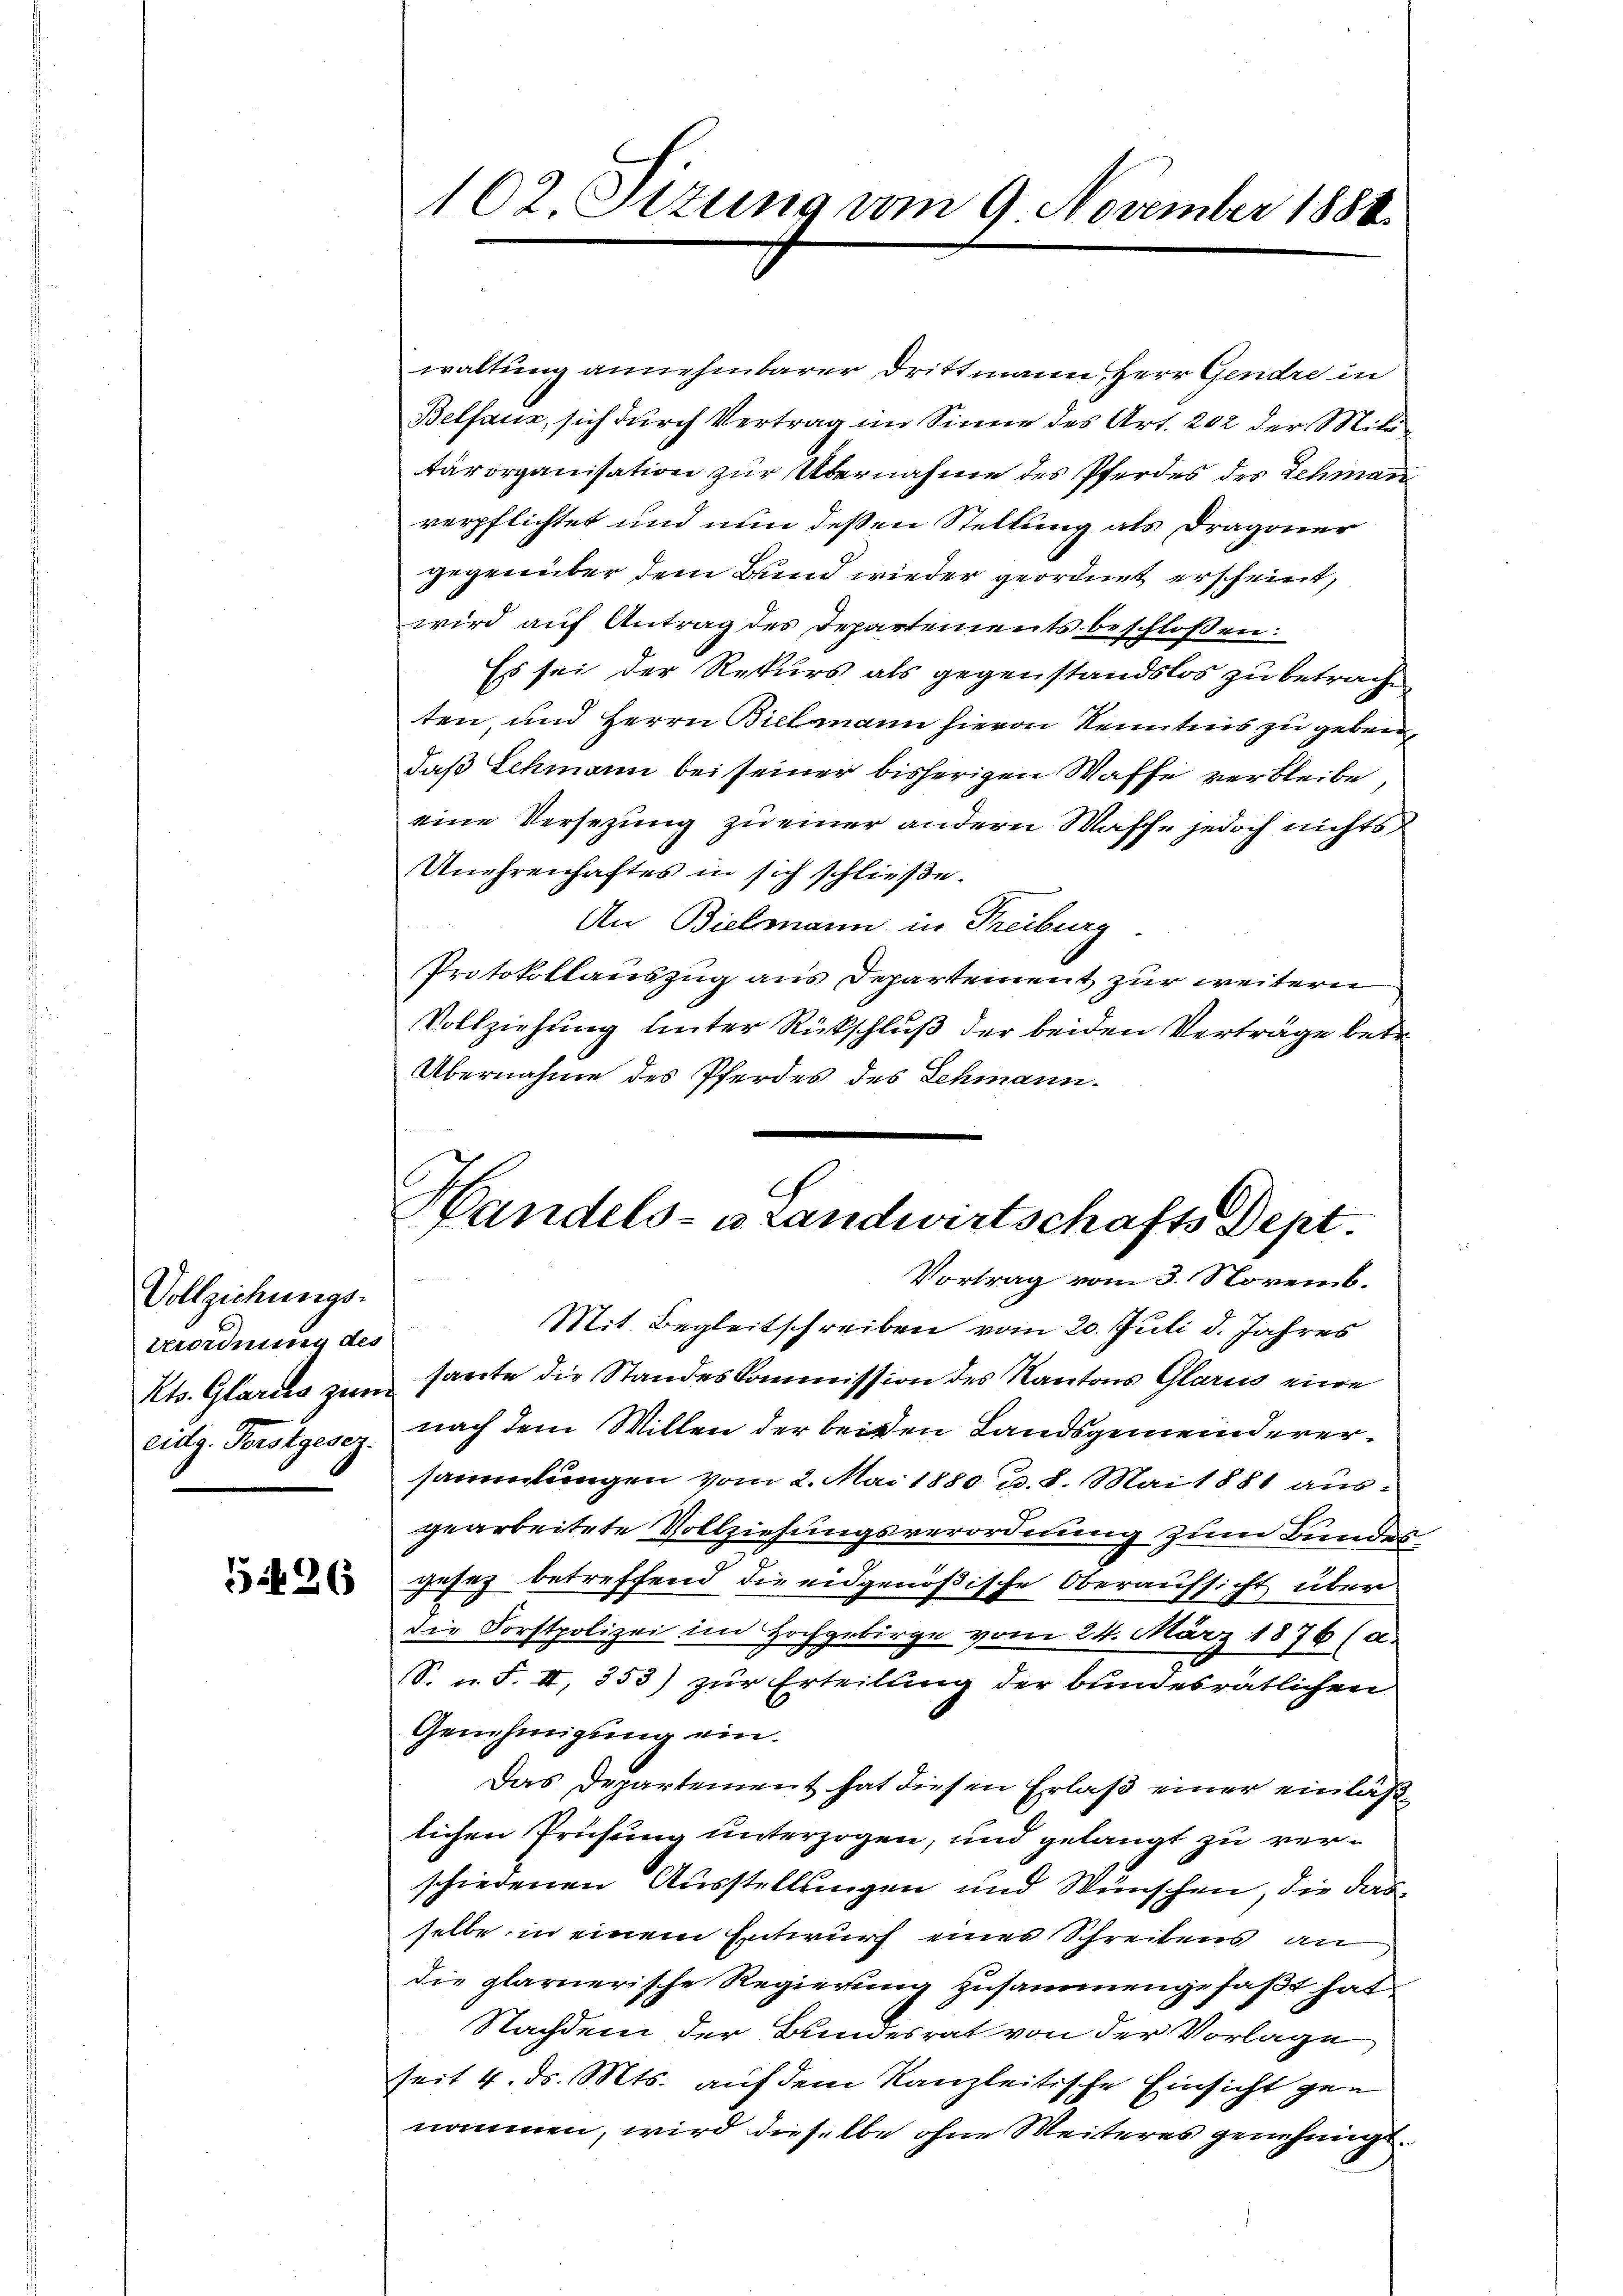
Vollziehungs-
serordnung des
Kts. Glarus zum
eidg. Perstgesez

5426

102. Stzung vom 9. November 1888.

waltung annehmbarer Drittmann, Herr Gendre in
Belsaus, sich durch Vertrag im Sinne des Art. 202 der Militärorganisation zur Übernahme des Pferdes des Schman
verpflichtet und nun deßen Stellung als Dragoner
gegenüber dem Bund wieder geordnet erscheint,
wird auf Antrag des Departements beschloßen:
Es sei der Rekurs als gegenstandslos zu betrach
ten, und Herrn Bielmann hievon Kenntnis zu geben
daß Schmann bei seiner bisherigen Waffe verbleibe,
eine Versezung zu einer andern Wasche jedoch nichts
Unehrenhaftes in sich schließe.
An Bielmann in Freiburg
Protokollauszug aus Departement zur weitern
Vollziehung hinter Rückschluß der beiden Verträge betr
Übernahme des Pferdes des Schmann.
Vortrag vom 3. Novemb.
Mit Begleitschreiben vom 20. Juli d. Jahres
sante die Standeskommission des Kantons Glarus eine
nach dem Willen der beiden Landsgemeinderersammlungen vom 2. Mai 1880 u. 8. Mai 1881 ausgearbeitete Vollziehungsverordnung zum Bundes
gesez betreffend die eidgenößische Oberaufsicht über
die Forstpolizei im Hochgebirge vom 24. März 1876 (a.
S. u. F. II, 353) zur Erteilung der bundesrätlichen
Genehmigung ein.
Das Departement hat diesen Erlaß einer einläß
lichen Prüfung unterzogen, und gelangt zu verschiedenen Ausstellungen und Wünschen, die das
selbe in einem Entwurf eines Schreibens an
die glarnerische Regierung zusammengefaßt hat,
Nachdem der Bundesrat von der Vorlage
seit 4. ds. Mts. auf dem Kanzleitische Einsicht gen
nommen, wird dieselbe ohne Weiteres genehmigt.

s
Handels-Brandwirtschafts Dept.